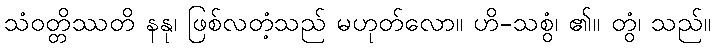
သံဝတ္တိဿတိ နနု၊ ဖြစ်လတံ့သည် မဟုတ်လော။ ဟိ-သစွံ၊ ၏။ တွံ၊ သည်။